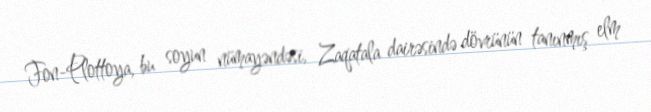
Fon-Plottoya, bu soyun nümayəndəsi, Zaqatala dairəsində dövrünün tanınmış elm